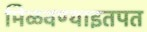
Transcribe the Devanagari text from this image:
मिळवण्याइतपत